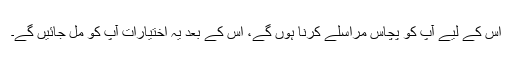
اس کے لیے آپ کو پچاس مراسلے کرنا ہوں گے، اس کے بعد یہ اختیارات آپ کو مل جائیں گے۔